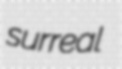
surreal